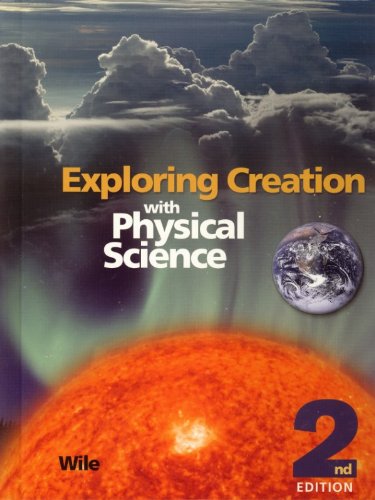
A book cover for Exploring Creation with Physical Science Student Text; Dr. Jay Wile; Science & Math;